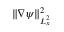
\lVert \nabla \psi \rVert _ { L _ { x } ^ { 2 } } ^ { 2 }